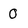
Character: 0